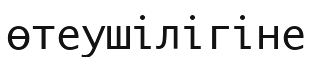
өтеушілігіне